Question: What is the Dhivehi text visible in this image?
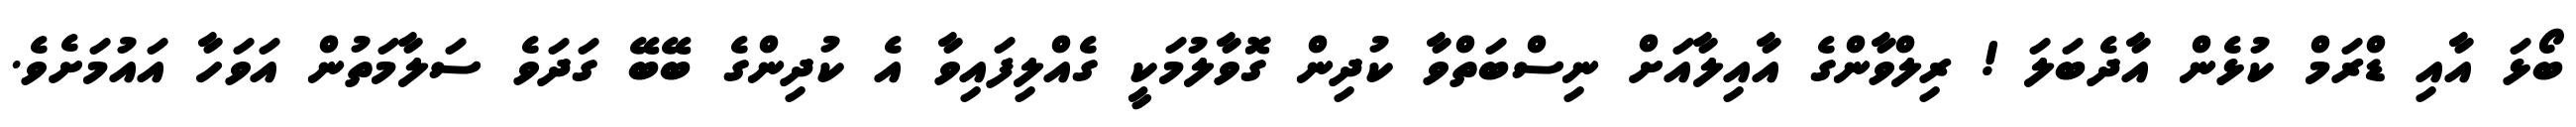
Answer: ބޯޅަ އާއި ޑްރަމް ކުޅެން އާދެބަލަ ! ރިލްވާންގެ އާއިލާއަށް ނިސްބަތްވާ ކުދިން ގޮވާލުމަކީ ގެއްލިފައިވާ އެ ކުދިންގެ ބޭބޭ ގަދަވެ ސަލާމަތުން އަވަހާ އައުމަށެވެ.